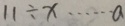
1 1 \div x \cdots a